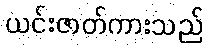
ယင်းဇာတ်ကားသည်